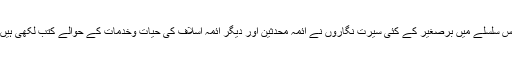
اس سلسلے میں برصغیر کے کئی سیرت نگاروں نے ائمہ محدثین اور دیگر ائمہ اسلاف کی حیات وخدمات کے حوالے کتب لکھی ہیں۔